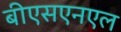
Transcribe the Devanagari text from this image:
बीएसएनएल